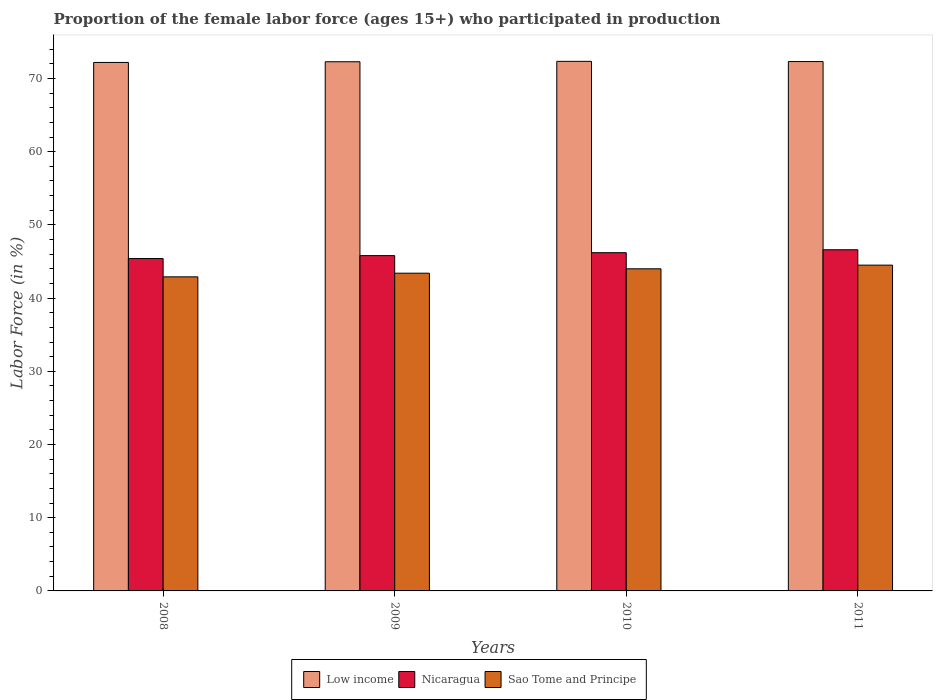
| Years | Low income | Nicaragua | Sao Tome and Principe |
 | --- | --- | --- | --- |
 | 2008 | 72.2 | 45.4 | 42.9 |
 | 2009 | 72.3 | 45.8 | 43.4 |
 | 2010 | 72.3 | 46.2 | 44 |
 | 2011 | 72.3 | 46.6 | 44.5 |